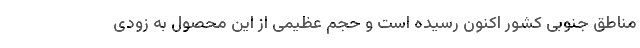
مناطق جنوبی کشور اکنون رسیده است و حجم عظیمی از این محصول به زودی